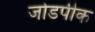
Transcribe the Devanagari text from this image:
जोडपीक